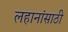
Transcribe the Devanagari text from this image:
लहानांसाठी